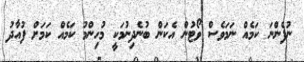
ނުފެންނަ ކަމެއް ނަމަވެސް ވޯޓުން އެކަން ބުނެދިނުމަކީ މުހިންމު ކަމެއް ކަމަށް ފުއާދު